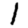
Digit: 1